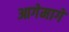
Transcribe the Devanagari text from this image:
आगेमागे